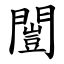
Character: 闓